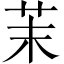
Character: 茉